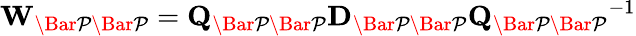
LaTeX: \mathbf{W}_{\mathcal{\Bar{P}\Bar{P}}}=\mathbf{Q_{\mathcal{\Bar{P}\Bar{P}}}D_{\mathcal{\Bar{P}\Bar{P}}}}\mathbf{Q_{\mathcal{\Bar{P}\Bar{P}}}}^{-1}